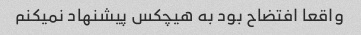
واقعا افتضاح بود به هیچکس پیشنهاد نمیکنم